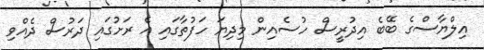
އިލްޔާސްގެ ބޭބެ އިދުރީސް ހުސެއިން މިދިޔަ ހަފުތާގައި އެ ރަށުގައި ދަރުސް ދެއްވި